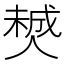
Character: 𠎶